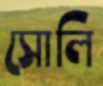
সোলি